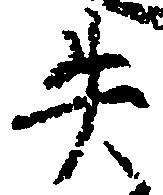
失